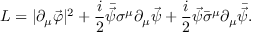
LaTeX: { \cal L } = | \partial _ { \mu } \vec { \varphi } | ^ { 2 } + \frac { i } { 2 } \bar { \vec { \psi } } \sigma ^ { \mu } \partial _ { \mu } \vec { \psi } + \frac { i } { 2 } \vec { \psi } \bar { \sigma } ^ { \mu } \partial _ { \mu } \bar { \vec { \psi } } .